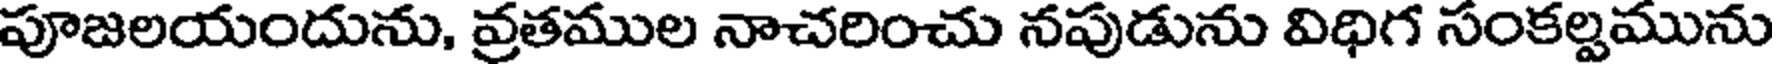
పూజలయందును, వ్రతముల నాచరించు నపుడును విధిగ సంకల్పమును